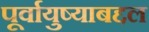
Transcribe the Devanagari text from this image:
पूर्वायुष्याबद्दल